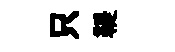
只鞮